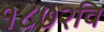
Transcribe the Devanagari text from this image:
१८७२वि